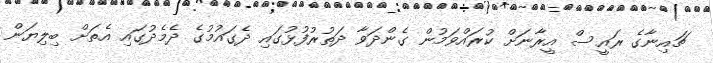
ޗައިނާގެ ރައީސް އީރާނަށް ކުރައްވަމުން ގެންދަވާ ދަތުރުފުޅުގައި ދެގައުމުގެ ދެމެދުގައި އެތަށް ބިލިޔަން